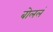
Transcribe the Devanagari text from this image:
बोललं